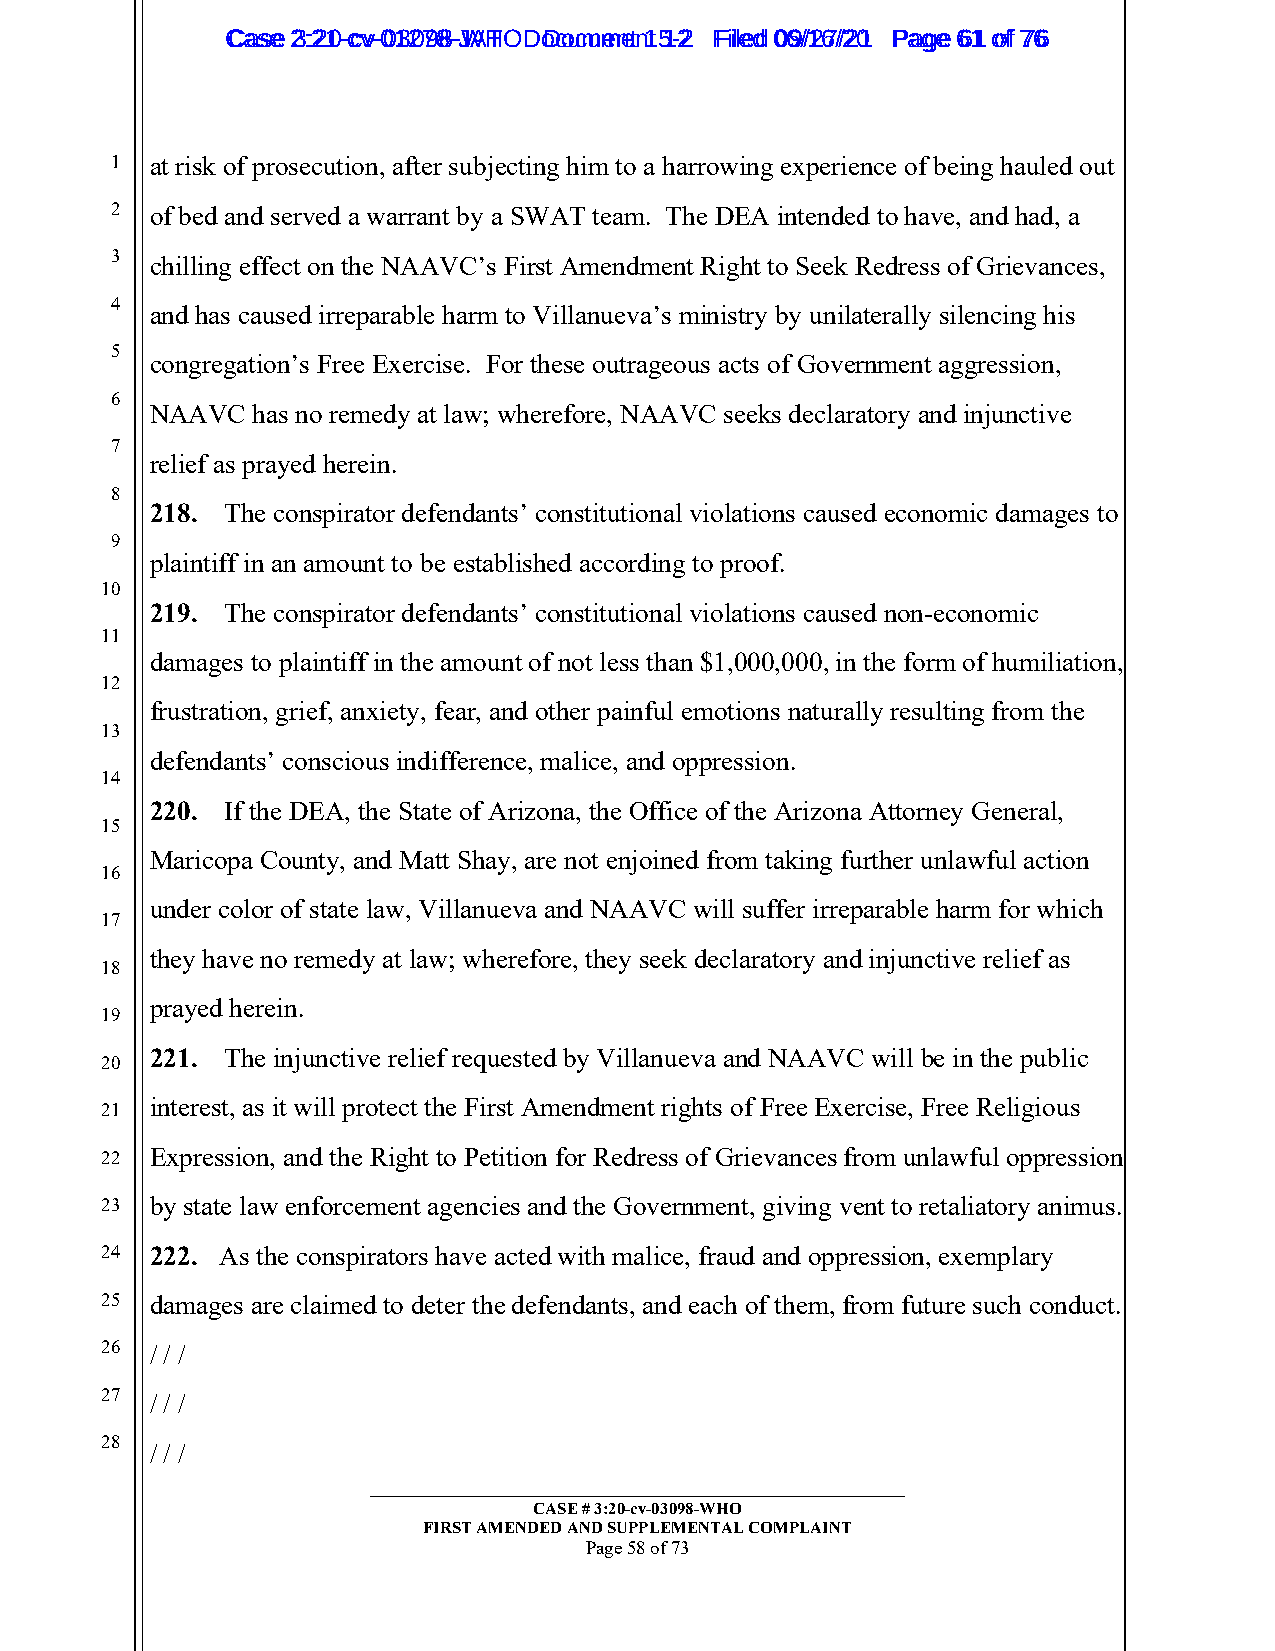
CCaassee 23::2210--ccvv--0013207988--JWAHT O D oDcoucmumenetn 1t 51-22 FFiilleedd 0069//1267//2201 PPaaggee 6611 ooff 7766
 1  at risk of prosecution, after subjecting him to a harrowing experience of being hauled out
 2  of bed and served a warrant by a SWAT team. The DEA intended to have, and had, a
 3  chilling effect on the NAAVC’s First Amendment Right to Seek Redress of Grievances,
 4
 and has caused irreparable harm to Villanueva’s ministry by unilaterally silencing his
 5
 congregation’s Free Exercise. For these outrageous acts of Government aggression,
 6
 NAAVC  has no remedy at law; wherefore, NAAVC seeks declaratory and injunctive
 7
 relief as prayed herein.
 8
 218. The conspirator defendants’ constitutional violations caused economic damages to
 9
 plaintiff in an amount to be established according to proof.
 10
 219. The conspirator defendants’ constitutional violations caused non-economic
 11
 damages to plaintiff in the amount of not less than $1,000,000, in the form of humiliation,
 12
 frustration, grief, anxiety, fear, and other painful emotions naturally resulting from the
 13
 defendants’ conscious indifference, malice, and oppression.
 14
 220. If the DEA, the State of Arizona, the Office of the Arizona Attorney General,
 15
 Maricopa County, and Matt Shay, are not enjoined from taking further unlawful action
 16
 under color of state law, Villanueva and NAAVC will suffer irreparable harm for which
 17
 they have no remedy at law; wherefore, they seek declaratory and injunctive relief as
 18
 prayed herein.
 19
 221. The injunctive relief requested by Villanueva and NAAVC will be in the public
 20
 interest, as it will protect the First Amendment rights of Free Exercise, Free Religious
 21
 22 Expression, and the Right to Petition for Redress of Grievances from unlawful oppression
 23 by state law enforcement agencies and the Government, giving vent to retaliatory animus.
 24 222. As the conspirators have acted with malice, fraud and oppression, exemplary
 25 damages are claimed to deter the defendants, and each of them, from future such conduct.
 26 / / /
 27 / / /
 28
 / / /
 _________________________________________________________
 CASE # 3:20-cv-03098-WHO
 FIRST AMENDED AND SUPPLEMENTAL COMPLAINT
 Page 58 of 73